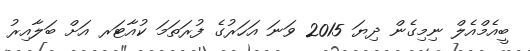
ބީއެމްއެލް ނިމިގެން ދިޔަ 2015 ވަނަ އަހަރުގެ ފުރަތަމަ ކުއާޓަރ އަށް ބަލާއިރު